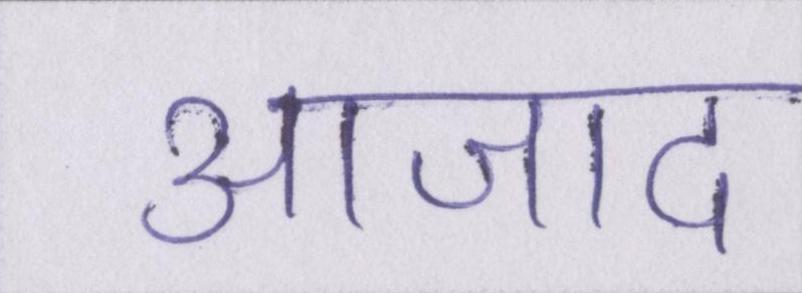
आजाद